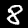
Label: 8